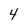
Character: 4